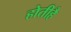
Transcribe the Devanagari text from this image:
होतीहै